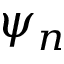
\psi _ { n }